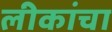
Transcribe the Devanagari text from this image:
लीकांचा